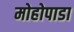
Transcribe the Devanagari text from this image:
मोहोपाडा